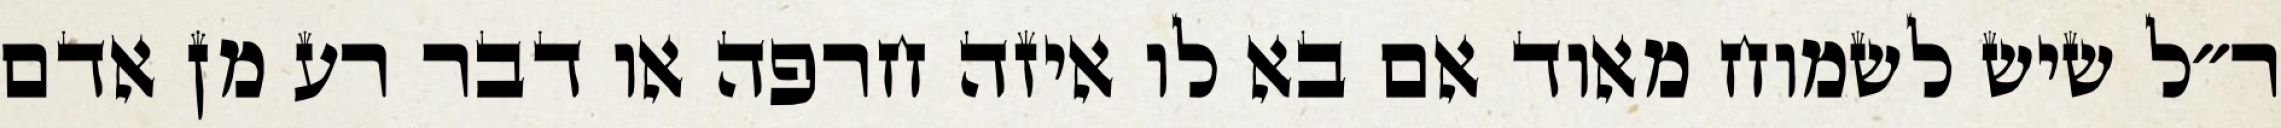
ר״ל שיש לשמוח מאוד אם בא לו איזה חרפה או דבר רע מן אדם